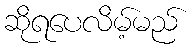
ဆိုရပေလိမ့်မည်